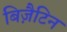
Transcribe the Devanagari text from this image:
बिज़ैटिन